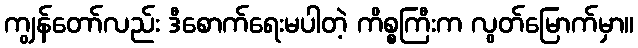
ကျွန်တော်လည်း ဒီစောက်ရေးမပါတဲ့ ကိစ္စကြီးက လွတ်မြောက်မှာ။